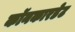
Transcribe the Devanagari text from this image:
कॉनकारडेट